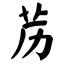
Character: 苈